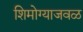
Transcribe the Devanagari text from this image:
शिमोग्याजवळ